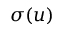
\sigma ( u )